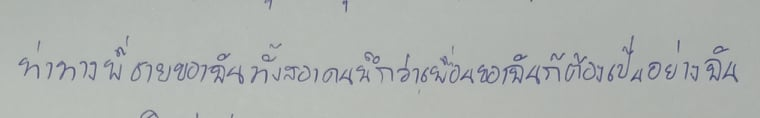
ท่าทางพี่ชายของฉันทั้งสองคนนึกว่าเพื่อนของฉันก็ต้องเป็นอย่างฉัน